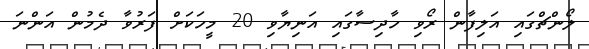
ލޯންޗްގައި އަލިފާން ރޯވި ހާދިސާގައި އަނިޔާވި 20 މީހަކަށް ފަރުވާ ދެމުން އަންނަ